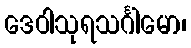
ဒေဝါသုရသင်္ဂါမော၊